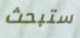
ستبحث